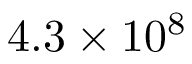
4 . 3 \times 1 0 ^ { 8 }